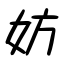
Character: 妨